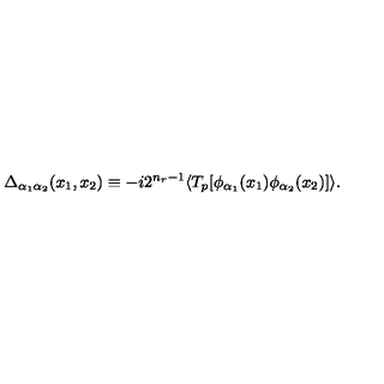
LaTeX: \Delta _ { \alpha _ { 1 } \alpha _ { 2 } } ( x _ { 1 } , x _ { 2 } ) \equiv - i 2 ^ { n _ { r } - 1 } \langle T _ { p } [ \phi _ { \alpha _ { 1 } } ( x _ { 1 } ) \phi _ { \alpha _ { 2 } } ( x _ { 2 } ) ] \rangle .